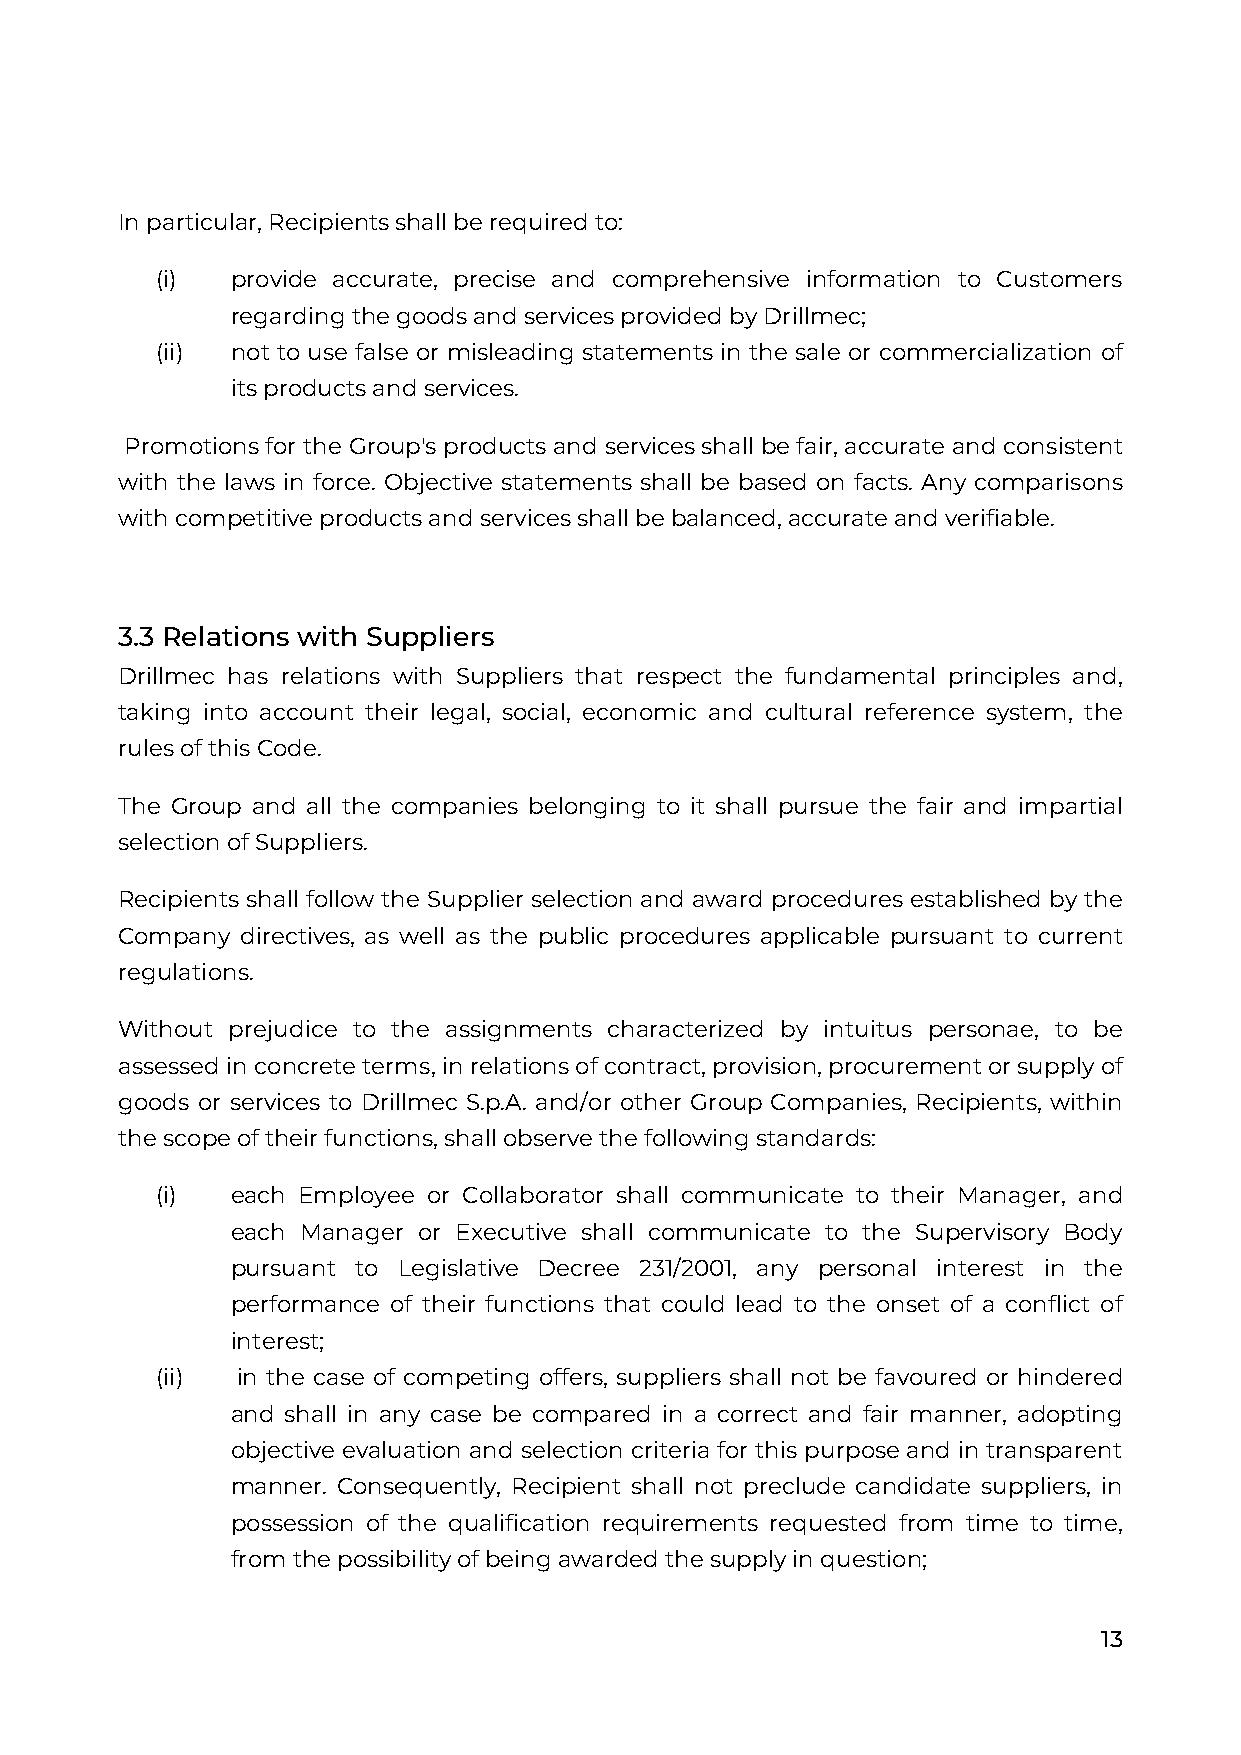
In particular, Recipients shall be required to:
 (i)  provide accurate, precise and comprehensive information to Customers
 regarding the goods and services provided by Drillmec;
 (ii) not to use false or misleading statements in the sale or commercialization of
 its products and services.
 Promotions for the Group's products and services shall be fair, accurate and consistent
 with the laws in force. Objective statements shall be based on facts. Any comparisons
 with competitive products and services shall be balanced, accurate and verifiable.
 3.3 Relations with Suppliers
 Drillmec has relations with Suppliers that respect the fundamental principles and,
 taking into account their legal, social, economic and cultural reference system, the
 rules of this Code.
 The Group and all the companies belonging to it shall pursue the fair and impartial
 selection of Suppliers.
 Recipients shall follow the Supplier selection and award procedures established by the
 Company directives, as well as the public procedures applicable pursuant to current
 regulations.
 Without prejudice to the assignments characterized by intuitus personae, to be
 assessed in concrete terms, in relations of contract, provision, procurement or supply of
 goods or services to Drillmec S.p.A. and/or other Group Companies, Recipients, within
 the scope of their functions, shall observe the following standards:
 (i)  each Employee or Collaborator shall communicate to their Manager, and
 each Manager or Executive shall communicate to the Supervisory Body
 pursuant to Legislative Decree 231/2001, any personal interest in the
 performance of their functions that could lead to the onset of a conflict of
 interest;
 (ii)  in the case of competing offers, suppliers shall not be favoured or hindered
 and shall in any case be compared in a correct and fair manner, adopting
 objective evaluation and selection criteria for this purpose and in transparent
 manner. Consequently, Recipient shall not preclude candidate suppliers, in
 possession of the qualification requirements requested from time to time,
 from the possibility of being awarded the supply in question;
 13